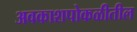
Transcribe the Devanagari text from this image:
अवकाशपोकळीतील